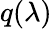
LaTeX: q(\lambda)